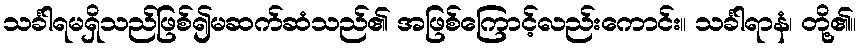
သင်္ခါရမရှိသည်ဖြစ်၍မဆက်ဆံသည်၏ အဖြစ်ကြောင့်လည်းကောင်း။ သင်္ခါရာနံ၊ တို့၏။